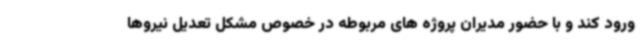
ورود کند و با حضور مدیران پروژه های مربوطه در خصوص مشکل تعدیل نیروها